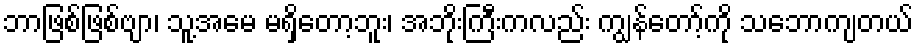
ဘာဖြစ်ဖြစ်ဗျာ၊ သူ့အမေ မရှိတော့ဘူး၊ အဘိုးကြီးကလည်း ကျွန်တော့်ကို သဘောကျတယ်